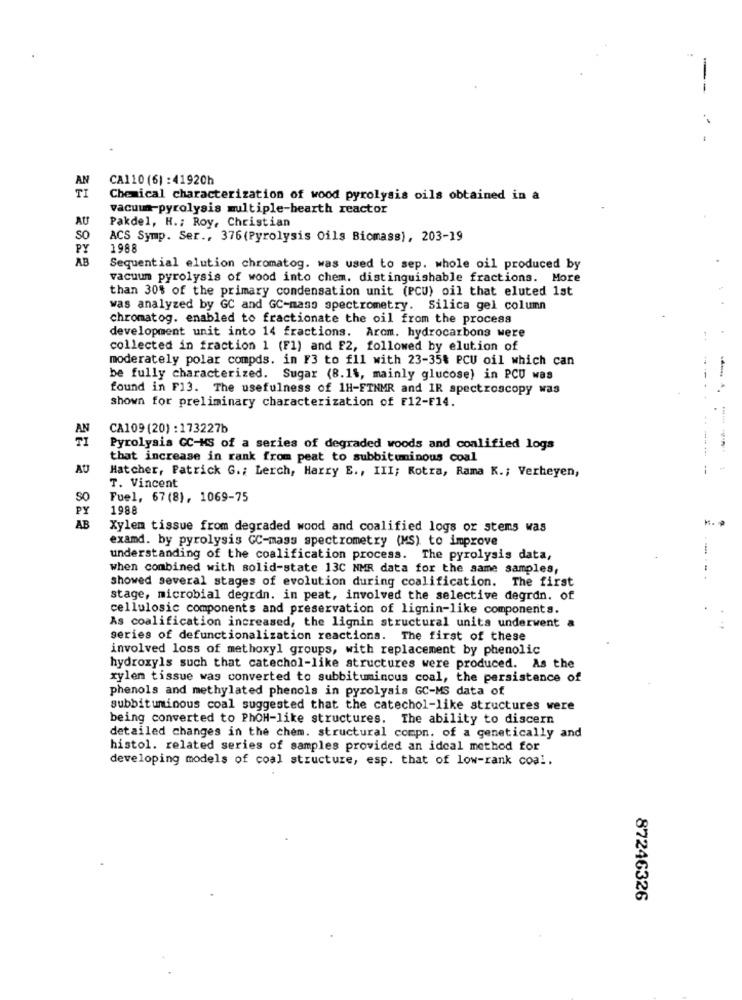
---
AN
CA110 (6) : 41920h
TI
Chemical characterization of wood pyrolysis oils obtained in a
vacuum-pyrolysis multiple-bearth reactor
AU
Pakdel, H .; Roy, Christian
SO
ACS Symp. Ser ., 376(Pyrolysis Oils Biomass), 203-19
PY
1988
AB
Sequential elution chromatog. was used to sep. whole oil produced by
vacuum pyrolysis of wood into chem. distinguishable fractions. More
than 30% of the primary condensation unit (PCU) oil that eluted 1st
was analyzed by GC and GC-mass spectrometry. Silica gel column
chromatog. enabled to fractionate the oil from the process
development unit into 14 fractions. Arom. hydrocarbons were
collected in fraction 1 (F1) and E2, followed by elution of
moderately polar compds. in F3 to fll with 23-35% PCU oil which can
be fully characterized. Sugar (8.1%, mainly glucose) in PCU was
found in F13. The usefulness of 1H-FTNMR and IR spectroscopy was
shown for preliminary characterization of [12-F14.
AN
CA109 (20) : 173227b
TI
Pyrolysis CC-HS of a series of degraded woods and coalified logs
that increase in rank from peat to subbituninous coal
AU
Hatcher, Patrick G .; Lerch, Harry E ., III; Kotra, Rama K .; Verheyen,
--
T. Vincent
SO
Fuel, 67(8), 1069-75
PY
1988
AB
Xylem tissue from degraded wood and coalified logs or stems was
examd. by pyrolysis CC-mass spectrometry (MS) to improve
understanding of the coalification process. The pyrolysis data,
when combined with solid-state 13C NMR data for the same samples,
showed several stages of evolution during coalification. The first
stage, microbial degrdn. in peat, involved the selective degran. of
cellulosic components and preservation of lignin-like components.
As coalification increased, the lignin structural units underwent a
series of defunctionalization reactions. The first of these
involved loss of methoxyl groups, with replacement by phenolic
hydroxyls such that catechol-like structures were produced. As the
xylem tissue was converted to subbituminous coal, the persistence of
phenols and methylated phenols in pyrolysis GC-MS data of
subbituminous coal suggested that the catechol-like structures were
being converted to PhoH-like structures. The ability to discern
detailed changes in the chem. structural compn. of a genetically and
histol. related series of samples provided an ideal method for
developing models of coal structure, esp. that of low-rank coal.
87246326